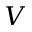
\boldsymbol { V }